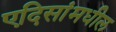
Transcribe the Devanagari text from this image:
एदिसांमधील